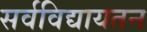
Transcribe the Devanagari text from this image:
सर्वविद्यायतन